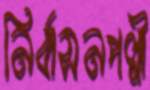
নির্বাসনপল্লী